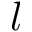
l